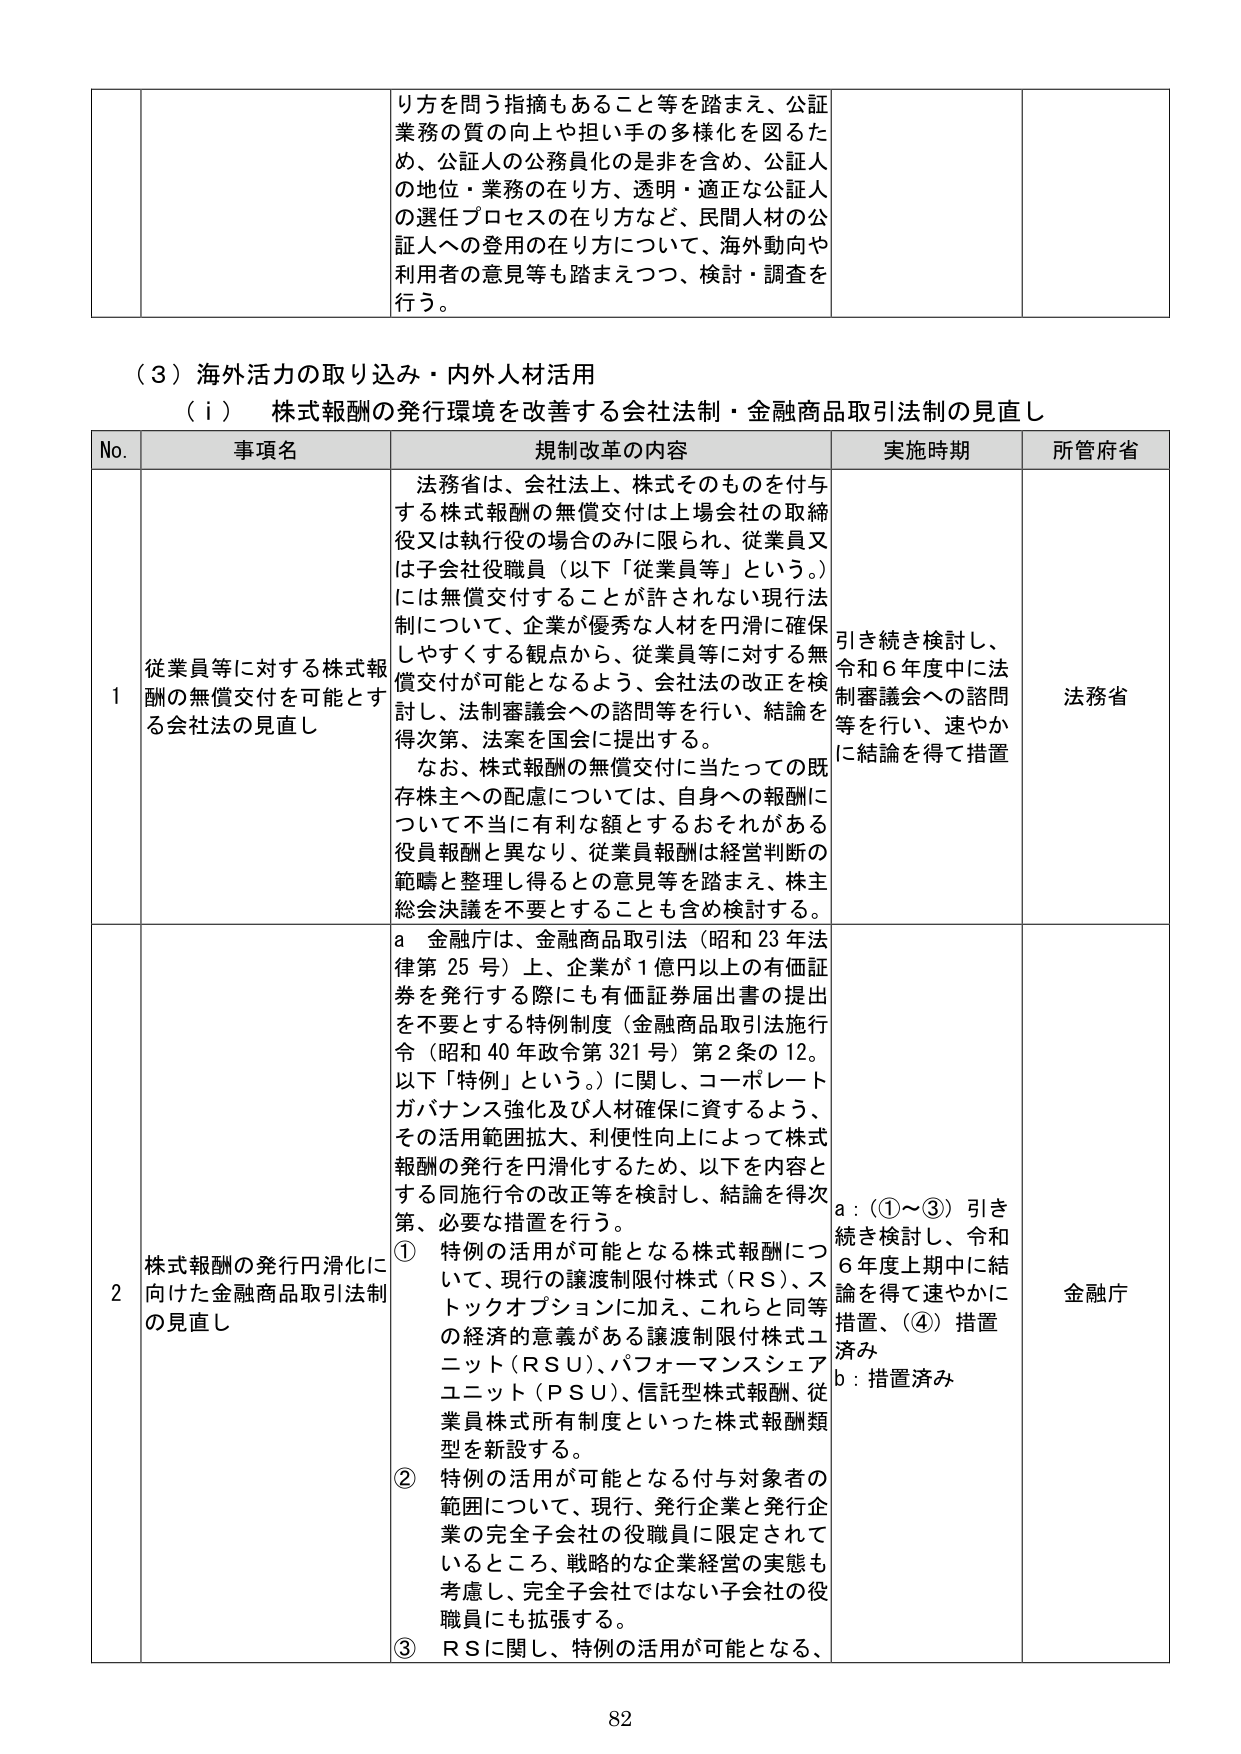
（３）海外活力の取り込み・内外人材活用
（ｉ）株式報酬の発行環境を改善する会社法制・金融商品取引法制の見直し

No. 事項名 規制改革の内容 実施時期 所管府省

1 従業員等に対する株式報酬の無償交付を可能とする会社法の見直し
法務省は、会社法上、株式そのものを付与する株式報酬の無償交付は上場会社の取締役又は執行役の場合のみに限られ、従業員又は子会社役職員（以下「従業員等」という。）には無償交付することが許されない現行法制について、企業が優秀な人材を円滑に確保しやすくする観点から、従業員等に対する無償交付が可能となるよう、会社法の改正を検討し、法制審議会への諮問等を行い、結論を得次第、法案を国会に提出する。
なお、株式報酬の無償交付に当たっての既存株主への配慮については、自身への報酬について不当に有利な額とするおそれがある役員報酬と異なり、従業員報酬は経営判断の範疇と整理し得るとの意見等を踏まえ、株主総会決議を不要とすることも含め検討する。
引き続き検討し、令和６年度中に法制審議会への諮問等を行い、速やかに結論を得て措置
法務省

2 株式報酬の発行円滑化に向けた金融商品取引法制の見直し
a 金融庁は、金融商品取引法（昭和23年法律第25号）上、企業が1億円以上の有価証券を発行する際にも有価証券届出書の提出を不要とする特例制度（金融商品取引法施行令（昭和40年政令第321号）第2条の12。以下「特例」という。）に関し、コーポレートガバナンス強化及び人材確保に資するよう、その活用範囲拡大、利便性向上によって株式報酬の発行を円滑化するため、以下を内容とする同施行令の改正等を検討し、結論を得次第、必要な措置を行う。
① 特例の活用が可能となる株式報酬について、現行の譲渡制限付株式（ＲＳ）、ストックオプションに加え、これらと同等の経済的意義がある譲渡制限付株式ユニット（ＲＳＵ）、パフォーマンスシェアユニット（ＰＳＵ）、信託型株式報酬、従業員株式所有制度といった株式報酬類型を新設する。
② 特例の活用が可能となる付与対象者の範囲について、現行、発行企業と発行企業の完全子会社の役職員に限定されているところ、戦略的な企業経営の実態も考慮し、完全子会社ではない子会社の役職員にも拡張する。
③ ＲＳに関し、特例の活用が可能となる、
a：（①～③）引き続き検討し、令和6年度上期中に結論を得て速やかに措置、（④）措置済み
b：措置済み
金融庁

82